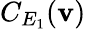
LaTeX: C_{E_{1}}(\mathbf{v})